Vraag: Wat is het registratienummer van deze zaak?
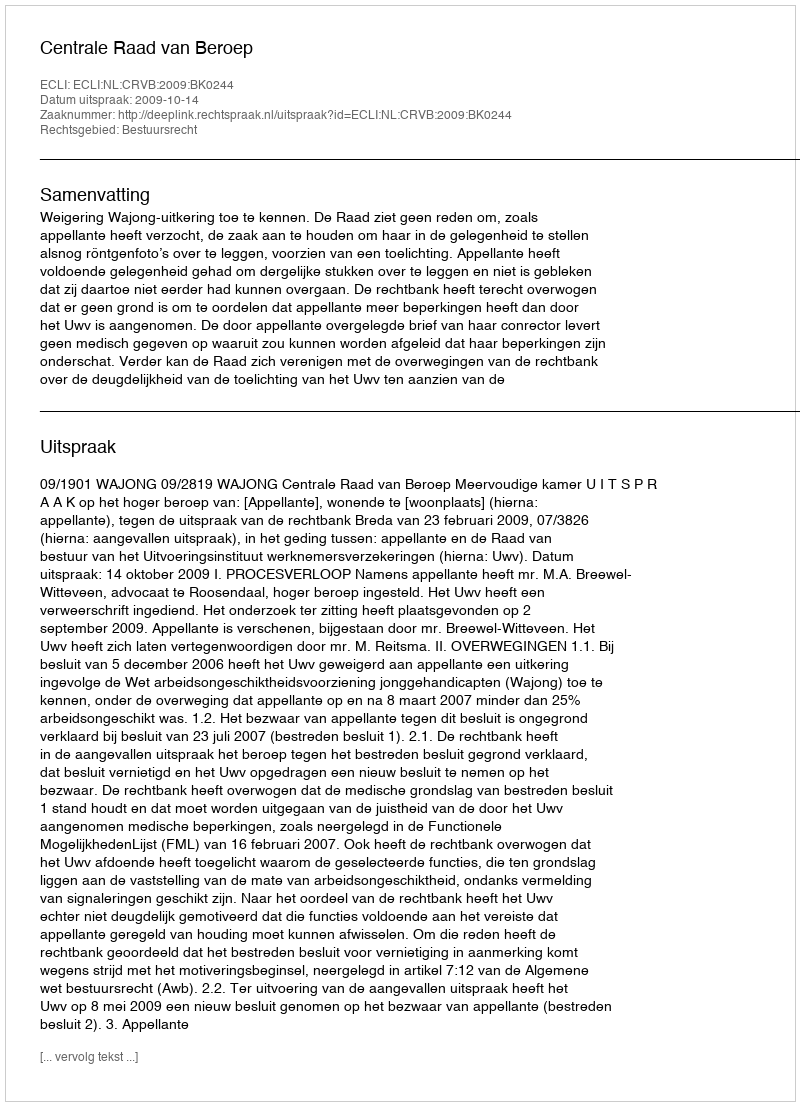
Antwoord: http://deeplink.rechtspraak.nl/uitspraak?id=ECLI:NL:CRVB:2009:BK0244